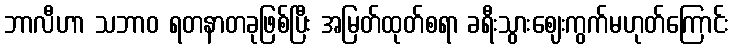
ဘာလီဟာ သဘာဝ ရတနာတခုဖြစ်ပြီး အမြတ်ထုတ်စရာ ခရီးသွားဈေးကွက်မဟုတ်ကြောင်း